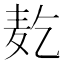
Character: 𱋇